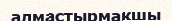
алмастырмақшы